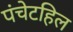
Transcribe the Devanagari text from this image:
पंचेटहिल